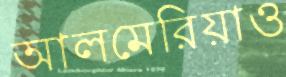
আলমেরিয়াও